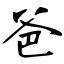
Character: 爸